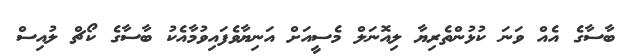
ބާސާގެ އެއް ވަނަ ކުޅުންތެރިޔާ ލިއޮނަލް މެސީއަށް އަނިޔާވެފައިވުމާއެކު ބާސާގެ ކޯޗް ލުއިސް